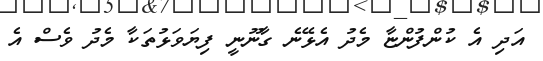
އަދި އެ ކުންފުންޏާ މެދު އެޅޭނެ ގާނޫނީ ފިޔަވަޅުތަކާ މެދު ވެސް އެ